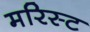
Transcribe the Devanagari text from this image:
मरिस्ट